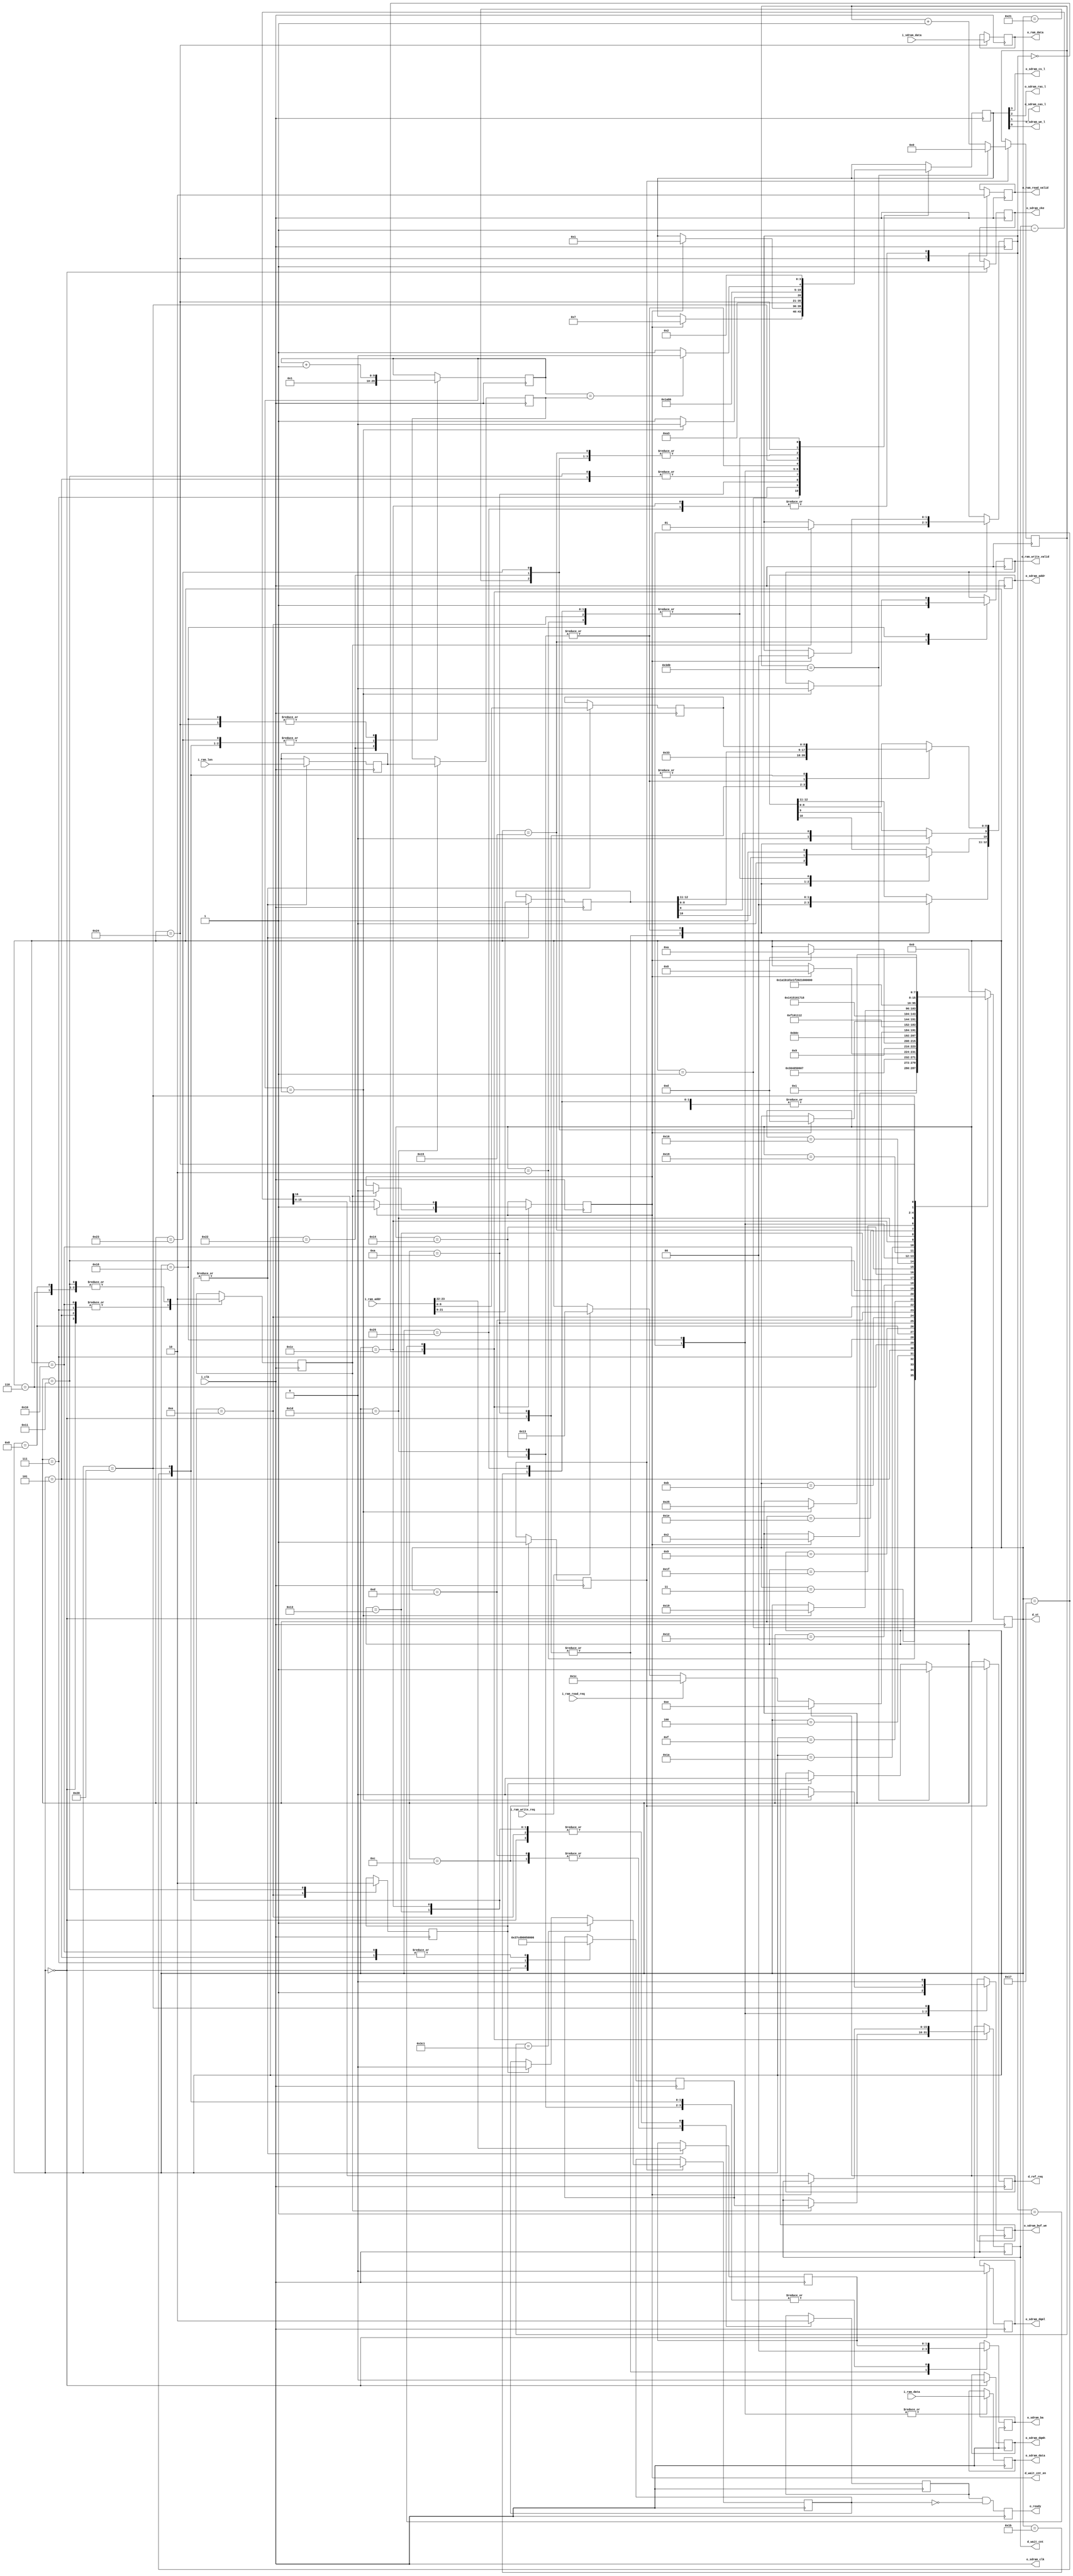
// sdram controller
// operation read/write - full page, or len
// 
//
// v1.0 2016

`timescale 1ns/1ps
`define DEBUG

module sdram_cntr
#(
    parameter SDRAM_ROW_WIDTH_BIT   = 13,
    parameter SDRAM_COL_WIDTH_BIT   = 9,
	 parameter SDRAM_BANK_WIDTH_BIT = 2,
	 parameter SDRAM_DATA_WIDTH_BIT = 16,
	 parameter SDRAM_CAS            = 3,
	 
    parameter tPOWERUP    = 16'd14285,
	 parameter tREF       = 64,    // ms
	 parameter tREF_COUNT = 8192,  // refresh counter (cycle refresh)
	 parameter tCK        = 8      // clk period 7 ns (for calcul refresh interval)
	 
)
(
     input wire i_clk,
	 
	 // interface for manager RAM
	 input  wire [SDRAM_DATA_WIDTH_BIT-1:0] i_ram_data,
	 output wire [SDRAM_DATA_WIDTH_BIT-1:0] o_ram_data,

	 input wire [SDRAM_ROW_WIDTH_BIT + SDRAM_COL_WIDTH_BIT + SDRAM_BANK_WIDTH_BIT - 1:0] i_ram_addr,
	 input wire [SDRAM_COL_WIDTH_BIT:0] i_ram_len, // i_ram_len = SDRAM_COL_WIDTH_BIT + 1

	 input  wire i_ram_read_req,
	 output wire o_ram_read_valid,
	 
	 input  wire i_ram_write_req,
	 output wire o_ram_write_valid,
	 
	 output wire o_ready,
	 
	 // interface for SDRAM
	 input  wire  [SDRAM_DATA_WIDTH_BIT-1:0]   i_sdram_data,
	 output wire  [SDRAM_DATA_WIDTH_BIT-1:0]   o_sdram_data,
	 output wire  [SDRAM_ROW_WIDTH_BIT -1:0]   o_sdram_addr,
	 output wire o_sdram_clk,
	 output wire o_sdram_cke,
	 output wire o_sdram_cs_l,
	 output wire o_sdram_ras_l,
	 output wire o_sdram_cas_l,
	 output wire o_sdram_we_l,
	 output wire o_sdram_buf_we, // signal pereklucheniya buffera SDRAM na peredachu

	 output wire [SDRAM_BANK_WIDTH_BIT-1:0] o_sdram_ba,
//	 output wire [SDRAM_DATA_WIDTH_BIT-1:0] o_sdram_dq,
	 output wire o_sdram_dqml,
	 output wire o_sdram_dqmh
`ifdef DEBUG	 
	 ,
	 output wire [15:0] d_wait_cnt,
	 output wire d_wait_cnt_en,
	 output wire [7:0] d_st,
	 output wire d_ref_req
`endif
);

localparam tRP      = SDRAM_CAS;
localparam tRC      = 6 + SDRAM_CAS;
localparam tMRD     = 2;
localparam tRCD     = SDRAM_CAS;

//-----------------------------------------------------------------
//   cmd signal bits     CS RAS CAS WE
localparam CMD_DESL  = 4'b1_1_1_1; // device deselect
localparam CMD_NOP   = 4'b0_1_1_1; // no operation
localparam CMD_BST   = 4'b0_1_1_0; // burst stop
localparam CMD_READ  = 4'b0_1_0_1; // read
localparam CMD_WRITE = 4'b0_1_0_0; // write
localparam CMD_ACT   = 4'b0_0_1_1; // bank asctivate
localparam CMD_PRE   = 4'b0_0_1_0; // precharge select bank
localparam CMD_REF   = 4'b0_0_0_1; // CBR auto-refresh
localparam CMD_MRS   = 4'b0_0_0_0; // Mode register set
//-----------------------------------------------------------------

//-----------------------------------------------------------------
localparam INIT_START   = 8'd0;
localparam INIT_POWERUP = 8'd1;
localparam INIT_PRE     = 8'd2;
localparam INIT_NOP1    = 8'd3;
localparam INIT_NOP2    = 8'd4;
localparam INIT_REF1    = 8'd5;
localparam INIT_WAIT1   = 8'd6;
localparam INIT_REF2    = 8'd7;
localparam INIT_WAIT2   = 8'd8;
localparam INIT_WAIT3   = 8'd9;
localparam INIT_LMR     = 8'd10;
localparam INIT_LMR1    = 8'd11;
localparam INIT_LMR2    = 8'd12;

localparam IDLE         = 8'd13;

localparam REF          = 8'd14;
localparam REF_NOP1     = 8'd15;
localparam REF_NOP2     = 8'd16;
localparam REF_AREF     = 8'd17;
localparam REF_WAIT     = 8'd18;

localparam WRITE        = 8'd19;
localparam WRITE_ACT    = 8'd20;
localparam WRITE_NOP1   = 8'd21;
localparam WRITE_NOP2   = 8'd22;
localparam WRITE_D0     = 8'd23;
localparam WRITE_N      = 8'd24;
localparam WRITE_STOP0  = 8'd25;
localparam WRITE_STOP1  = 8'd26;
localparam WRITE_STOP_PRE= 8'd27;

localparam READ         = 8'd28;
localparam READ_ACT     = 8'd29;
localparam READ_NOP1    = 8'd30;
localparam READ_NOP2    = 8'd31;
localparam READ_START   = 8'd32;
localparam READ_WAIT1   = 8'd33;
localparam READ_WAIT2   = 8'd34;
localparam READ_WAIT3   = 8'd35;
localparam READ_DATA    = 8'd36;
localparam READ_END     = 8'd37;

//-----------------------------------------------------------------
localparam ADR_WIDTH = SDRAM_ROW_WIDTH_BIT + SDRAM_COL_WIDTH_BIT + SDRAM_BANK_WIDTH_BIT - 1;

reg [3:0] sdram_cmd                       = CMD_DESL; // cmd signal bits     CS RAS CAS WE
reg [SDRAM_DATA_WIDTH_BIT-1:0] sdram_data = 0;
reg [SDRAM_ROW_WIDTH_BIT-1:0] sdram_addr  = 0;
reg sdram_cke;
reg [SDRAM_BANK_WIDTH_BIT-1:0] sdram_ba   = 0;
//reg [SDRAM_DATA_WIDTH_BIT-1:0] sdram_dq;
reg sdram_dqml                            = 0;
reg sdram_dqmh                            = 0;

reg [15:0] wait_cnt        = 0;
reg [15:0] wait_cnt_load   = 0;
reg 		  wait_cnt_start  = 0;
reg        wait_cnt_end    = 0;


reg [SDRAM_DATA_WIDTH_BIT-1:0] ram_data_output = 0;

// refresh counter -------------------------------------------------
localparam REFRESH_INTERVAL = (((tREF * 1_000_000) / tREF_COUNT) / tCK);
reg [15:0] ref_cnt = 0;  // counter interval refresh
reg        ref_en  = 0;  // global enable refresh
reg        ref_req = 0;  // pora delat refresh
reg        ref_ok  = 0;  // refresh vipolnen
reg        ref_block = 0;//  ready 

reg sdram_buf_we = 0;

reg ready = 0;
reg ready_all=0;
reg [7:0] st = 0;
reg [1:0] w_st = 0;


// ------------------------------------------------------------------
reg [SDRAM_ROW_WIDTH_BIT - 1:0] ram_row = 0;
reg [SDRAM_COL_WIDTH_BIT - 1:0] ram_col = 0;
reg [SDRAM_BANK_WIDTH_BIT - 1:0] ram_ba = 0;

reg [SDRAM_COL_WIDTH_BIT:0] ram_len      = 0;  // dlinna danih
reg [SDRAM_COL_WIDTH_BIT:0] ram_len_btrm = 0;  // kogda podavat cmd burst terminate
reg [SDRAM_COL_WIDTH_BIT:0] data_cnt     = 0;  // counter danih

reg ram_write_valid = 0;
reg ram_read_valid  = 0;

//reg flag_full_page = 0;  // flag R/W full page

always @(posedge i_clk) ready_all<=ready&(~ref_block);

always @(posedge i_clk)
begin
    case (w_st)
	 0:
	 begin
	     if (wait_cnt_start) begin
	         {wait_cnt_end, wait_cnt} <= wait_cnt_load;
				w_st <= 1;
		  end
	 end
	 
	 1:
	 begin
	     if (~wait_cnt_end) {wait_cnt_end, wait_cnt} <= wait_cnt - 1'b1;
		  else w_st <= 0;
	 end
	 
	 endcase
end

// refresh counter ---------------------------------------------------
always @(posedge i_clk)
begin
    if (ref_en) 
	begin
	     if (ref_cnt == REFRESH_INTERVAL) 
		 begin
		      ref_cnt <= 0;
			  ref_req <= 1; // pora delat refresh
		  end 
		  else 
		  begin
		        ref_cnt <= ref_cnt + 1'b1;
				if (ref_ok) ref_req <= 0;
		  end
		  
		 if (ref_cnt == (REFRESH_INTERVAL-15)) ref_block<=1; else if (ref_ok) ref_block <= 0;
	 end

end





always @(posedge i_clk)
begin
    case (st)
	 INIT_START:
	 begin
	     // synopsys translate_off
		  $display("------------ SDRAM Init start. ------------");
		  // synopsys translate_on

	       ready         <= 0;
	       sdram_cke     <= 1;
          sdram_dqml     <= 0;
		  sdram_dqmh     <= 0;

		  sdram_addr     <= 0;
		  sdram_ba       <= 0;
		  sdram_cmd      <= CMD_NOP;
	     wait_cnt_load   <= tPOWERUP;
		  wait_cnt_start <= 1;
		  st             <= INIT_POWERUP;
	 end
	 
	 INIT_POWERUP:
	 begin
	     wait_cnt_start <= 0;
	     if (wait_cnt_end) begin
		      sdram_cmd <= CMD_NOP;
				st      <= INIT_PRE;
		  end
	 end
	 
	 INIT_PRE:
	 begin
        sdram_cmd        <= CMD_PRE;
		  sdram_addr[10] <= 1;        // all bank
		  st             <= INIT_NOP1;
	 end
	 
	 INIT_NOP1:
	 begin
                 sdram_cmd <= CMD_NOP;
		  if (tRP == 3) st <= INIT_NOP2;
		           else st <= INIT_REF1;
	 end
	 
	 INIT_NOP2:
	 begin
          sdram_cmd <= CMD_NOP;
		  st        <= INIT_REF1;
	 end
	 	 
	 INIT_REF1:
	 begin
          sdram_cmd      <= CMD_REF;
		  st             <= INIT_WAIT1;
	      wait_cnt_load  <= tRC - 2'd3;
		  wait_cnt_start <= 1;
	 end
	 
	 INIT_WAIT1:
	 begin
	     wait_cnt_start <= 0;
	     sdram_cmd      <= CMD_NOP;
		  st             <= INIT_REF2;
	 end
	 
	 INIT_REF2:
	 begin
	     if (wait_cnt_end) begin
		      sdram_cmd <= CMD_REF;
				st        <= INIT_WAIT2;
		  end
	     wait_cnt_load  <= tRC - 3'd4;
		  wait_cnt_start <= 1;
	 end
	 
    INIT_WAIT2:
    begin
	     sdram_cmd <= CMD_NOP;
		  wait_cnt_start <= 0;
		  st <= INIT_WAIT3;
    end

    INIT_WAIT3:
    begin
		  if (wait_cnt_end) begin
		      st <= INIT_LMR;
		  end
    end
	 
	 INIT_LMR:
	 begin
	      sdram_cmd      <= CMD_MRS;
		  sdram_addr     <= (SDRAM_CAS << 4) | 3'b011; // Programmed Burst Length | CAS | 8 burst
		  sdram_ba       <= 0;
		  st             <= INIT_LMR1;
	 end
	 
	 INIT_LMR1:
	 begin
	     sdram_cmd <= CMD_NOP;
		  st        <= INIT_LMR2;
	 end
	 
	 INIT_LMR2:
	 begin
	     // synopsys translate_off
		  $display("------------ SDRAM Init OK. ------------");
		  // synopsys translate_on
	     sdram_cmd <= CMD_NOP;
	     ready     <= 1;
		  ref_en    <= 1;  // enable refresh
		  st        <= IDLE;
	 end

	 // IDLE ---------------------------------------------------
	 IDLE:
	 begin
	      sdram_cmd <= CMD_NOP;
		  ready     <= 1;
	     if (ref_req) begin
		      st <= REF;
		  end else if (i_ram_read_req) begin
		      st <= READ;
		  end else if (i_ram_write_req) begin
		      st <= WRITE;
		  end
	 end
	 
	 // REFRESH ---------------------------------------------------
	 REF:
	 begin
	     ready          <= 0;
	     ref_ok         <= 1; // vipolnili refresh (upreshaushee vistavlenie !)
	     sdram_cmd      <= CMD_PRE;
	     sdram_addr[10] <= 1; // all bank
		 st             <= REF_NOP1;
	 end
	 
	 REF_NOP1:
	 begin
	     sdram_cmd      <= CMD_NOP;
	     //if (tRP == 3) st <= REF_NOP2;
		  //else st <= REF_AREF;
		  st <= REF_NOP2;
	 end

	 REF_NOP2:
	 begin
	     wait_cnt_load  <= tRC - 3'd3; // zaderka meshdu REFRESH - ACTIVE
		  wait_cnt_start <= 1;
	     sdram_cmd      <= CMD_NOP;
		  st             <= REF_AREF;
	 end
	 
	 REF_AREF:
	 begin
	     ref_ok         <= 0; // vipolnili refresh (upreshaushee vistavlenie !)
		  sdram_cmd      <= CMD_REF;
		  wait_cnt_start <= 0;
		  st             <= REF_WAIT;
	 end
	 
	 REF_WAIT:
	 begin
	     sdram_cmd      <= CMD_NOP;
		  if (wait_cnt_end) begin
		      st <= IDLE;
		  end
	 end
	 
	 // WRITE --------------------------------------
	 WRITE:
	 begin
	     ready   <= 0;
        ram_col <= i_ram_addr[SDRAM_COL_WIDTH_BIT - 1 : 0];
	     ram_row <= i_ram_addr[SDRAM_ROW_WIDTH_BIT + SDRAM_COL_WIDTH_BIT - 1 : SDRAM_COL_WIDTH_BIT];
        ram_ba  <= i_ram_addr[SDRAM_ROW_WIDTH_BIT + SDRAM_COL_WIDTH_BIT + SDRAM_BANK_WIDTH_BIT - 1 : SDRAM_ROW_WIDTH_BIT + SDRAM_COL_WIDTH_BIT];

		  ram_len  <= i_ram_len;
		  st       <= WRITE_ACT;
	 end
	 
	 WRITE_ACT:
	 begin
	     sdram_cmd  <= CMD_ACT;
		  sdram_addr <= ram_row;
		  sdram_ba   <= ram_ba;
		  st         <= WRITE_NOP1;
		  
		  if (tRCD == 2) ram_write_valid <= 1;   // vistvili na 1 takt ranche ?? ne proveral ! tRCD == 2
	 end
	 
	 WRITE_NOP1:
	 begin
	     sdram_cmd  <= CMD_NOP;
		  if (tRCD == 3) begin
		      st <= WRITE_NOP2;
				ram_write_valid <= 1;   // vistvili na 1 takt ranche
		  end else begin
		      //ram_write_valid <= 1;   // vistvili na 1 takt ranche
		      st <= WRITE_D0;
		  end
	 end

	 WRITE_NOP2:
	 begin
	     //ram_write_valid <= 1;   // vistvili na 1 takt ranche
	     sdram_cmd       <= CMD_NOP;
		  st              <= WRITE_D0;
	 end

	 WRITE_D0:
	 begin
	     // synopsys translate_off
		  $display("WRITE_D0 i_ram_data = 0x%x", i_ram_data);
		  // synopsys translate_on
		  		  
	     sdram_cmd       <= CMD_WRITE;
		  sdram_data      <= i_ram_data;
		  data_cnt        <= 1;
		  sdram_buf_we    <= 1;
		  sdram_addr[SDRAM_COL_WIDTH_BIT-1:0] <= ram_col;
		  sdram_ba        <= ram_ba;
		  st              <= WRITE_N;
	 end
	 
	 WRITE_N:
	 begin
	     // synopsys translate_off
		  $display("WRITE_N i_ram_data = 0x%x", i_ram_data);
		  // synopsys translate_on

	     sdram_data <= i_ram_data;
		  data_cnt   <= data_cnt + 1'b1;
		  
		  if (data_cnt == ram_len) begin
		      sdram_cmd       <= CMD_BST;
				ram_write_valid <= 0;
				sdram_buf_we    <= 0;
				st              <= WRITE_STOP0;
		  end else begin
		      sdram_cmd  <= CMD_NOP;
		  end
	 end
	 
	 WRITE_STOP0:
	 begin
	     sdram_cmd <= CMD_NOP;
		  st        <= WRITE_STOP1;
	 end

	 WRITE_STOP1:
	 begin
	     sdram_cmd <= CMD_NOP;
		  st        <= WRITE_STOP_PRE;
	 end

	 WRITE_STOP_PRE:
	 begin
		  sdram_cmd      <= CMD_PRE;
		  sdram_addr[10] <= 1;       // precharge all
		  st             <= IDLE;
	 end

    // READ -------------------------------------------------------------------
    READ:
    begin
	     ram_read_valid <= 0;
	     ready    <= 0;
		  ram_col  <= i_ram_addr[SDRAM_COL_WIDTH_BIT - 1 : 0];
	     ram_row  <= i_ram_addr[SDRAM_ROW_WIDTH_BIT + SDRAM_COL_WIDTH_BIT - 1 : SDRAM_COL_WIDTH_BIT];
        ram_ba   <= i_ram_addr[SDRAM_ROW_WIDTH_BIT + SDRAM_COL_WIDTH_BIT + SDRAM_BANK_WIDTH_BIT - 1 : SDRAM_ROW_WIDTH_BIT + SDRAM_COL_WIDTH_BIT];
		  ram_len  <= i_ram_len;
		  st       <= READ_ACT;
	 end
	 
	 READ_ACT:
	 begin
	     if (SDRAM_CAS == 3) begin // raschet kogda podavat BURST TERMINATE
		      //ram_len_btrm <= ram_len - 2 - 3 + 1; // -3 t.k. v konveere doplnitelnie DELAY, -1 delaem terminate na 1 clk poshe chtobi poslednii danie chut zaderhalis na hine
				ram_len_btrm <= ram_len; // -3 t.k. v konveere doplnitelnie DELAY, -1 delaem terminate na 1 clk poshe chtobi poslednii danie chut zaderhalis na hine
		  end else begin
		      //ram_len_btrm <= ram_len - 1;
				ram_len_btrm <= ram_len;
		  end
	 
	     sdram_cmd  <= CMD_ACT;
		  sdram_addr <= ram_row;
		  sdram_ba   <= ram_ba;
		  st         <= READ_NOP1;
	 end

	 READ_NOP1:
	 begin
	     sdram_cmd  <= CMD_NOP;
		  if (tRCD == 3) begin
		      st <= READ_NOP2;
		  end else begin
		      st <= READ_START;
		  end
	 end

	 READ_NOP2:
	 begin
	     sdram_cmd       <= CMD_NOP;
		  st              <= READ_START;
	 end

	 READ_START:
	 begin
	     // synopsys translate_off
		  $display("READ START.");
		  // synopsys translate_on
		  		  
	     sdram_cmd       <= CMD_READ;
		  data_cnt        <= 1;
		  sdram_buf_we    <= 0;
		  sdram_addr[SDRAM_COL_WIDTH_BIT-1:0] <= ram_col;
		  sdram_ba        <= ram_ba;
		  st              <= READ_WAIT1;
	 end

	 READ_WAIT1:
	 begin
	     sdram_cmd <= CMD_NOP;
		  
		  if (SDRAM_CAS == 3) st <= READ_WAIT2;
	     else st <= READ_WAIT3;//READ_DATA;
//	     else st <= READ_DATA;
	 end

	 READ_WAIT2:
	 begin
	     data_cnt  <= 0;
	     sdram_cmd <= CMD_NOP;
	     st        <= READ_WAIT3;//READ_DATA;
//	     st        <= READ_DATA;
	 end
	 
	 READ_WAIT3: // dopolnitelnaya zaderhka, danie budem poluchat na sleduuhem takte
	 begin
	     //data_cnt  <= 0;
		  data_cnt  <= 1;
	     sdram_cmd <= CMD_NOP;
	     st        <= READ_DATA;
	 end
	 
	 READ_DATA:
	 begin
	     // synopsys translate_off
		  $display("READ_DATA i_sdram_data = 0x%x", i_sdram_data);
		  // synopsys translate_on
		  
	     ram_read_valid  <= 1;
		  ram_data_output <= i_sdram_data;
		  
		  data_cnt        <= data_cnt + 1'b1;
		  
		  if (data_cnt == ram_len) begin
		      st <= READ_END;
		  end
		  
		  if (data_cnt == ram_len_btrm) begin
		  //if (data_cnt == ram_len) begin
		      sdram_cmd <= CMD_BST;
		  end else begin
		      sdram_cmd <= CMD_NOP;
		  end
	 end
	 
	 READ_END:
	 begin
	     ram_read_valid <= 0;
		  sdram_cmd      <= CMD_PRE;
		  sdram_addr[10] <= 1; // precharge all
	     st             <= IDLE;
	 end
	 
	 
	 default:
	 begin
	     st <= INIT_START;
	 end
	 
	 endcase
end


/*
assign #7 {o_sdram_cs_l, o_sdram_ras_l, o_sdram_cas_l, o_sdram_we_l} = sdram_cmd;
assign #7 o_sdram_data = sdram_data;
assign #7 o_sdram_addr = sdram_addr;
assign #7 o_sdram_ba   = sdram_ba;
assign #7 o_sdram_dqml = sdram_dqml;
assign #7 o_sdram_dqmh = sdram_dqmh;
assign #7 o_sdram_cke  = sdram_cke;
assign #4 o_sdram_clk  = i_clk;
assign #7 o_ready      = ready;

assign #7 o_ram_read_valid  = ram_read_valid;
assign #7 o_ram_write_valid = ram_write_valid;
assign #7 o_sdram_buf_we    = sdram_buf_we;
assign #7 o_ram_data        = ram_data_output;
*/


assign #6 {o_sdram_cs_l, o_sdram_ras_l, o_sdram_cas_l, o_sdram_we_l} = sdram_cmd;
assign #6 o_sdram_data = sdram_data;
assign #6 o_sdram_addr = sdram_addr;
assign #6 o_sdram_ba   = sdram_ba;
assign #6 o_sdram_dqml = sdram_dqml;
assign #6 o_sdram_dqmh = sdram_dqmh;
assign #6 o_sdram_cke  = sdram_cke;
assign #4 o_sdram_clk  = i_clk;
assign #6 o_ready      = ready_all;

assign #4 o_ram_read_valid  = ram_read_valid;
assign #4 o_ram_write_valid = ram_write_valid;
assign #5 o_sdram_buf_we    = sdram_buf_we;
assign #5 o_ram_data        = ram_data_output;




`ifdef DEBUG	 
assign d_wait_cnt    = wait_cnt;
assign d_wait_cnt_en = wait_cnt_end;
assign d_st          = st;
assign d_ref_req     = ref_req;
`endif


endmodule